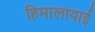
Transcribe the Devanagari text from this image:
हिमालायाई